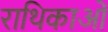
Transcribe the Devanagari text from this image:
राथिकाओं